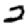
Digit: 2